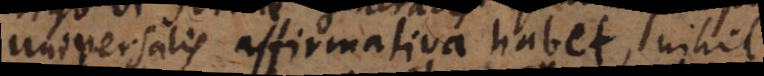
universalis affirmativa habet, nihil